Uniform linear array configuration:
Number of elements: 12
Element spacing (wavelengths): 0.5
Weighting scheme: hann
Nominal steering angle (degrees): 15
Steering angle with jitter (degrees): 16.804
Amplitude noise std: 0.05
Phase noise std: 0.05

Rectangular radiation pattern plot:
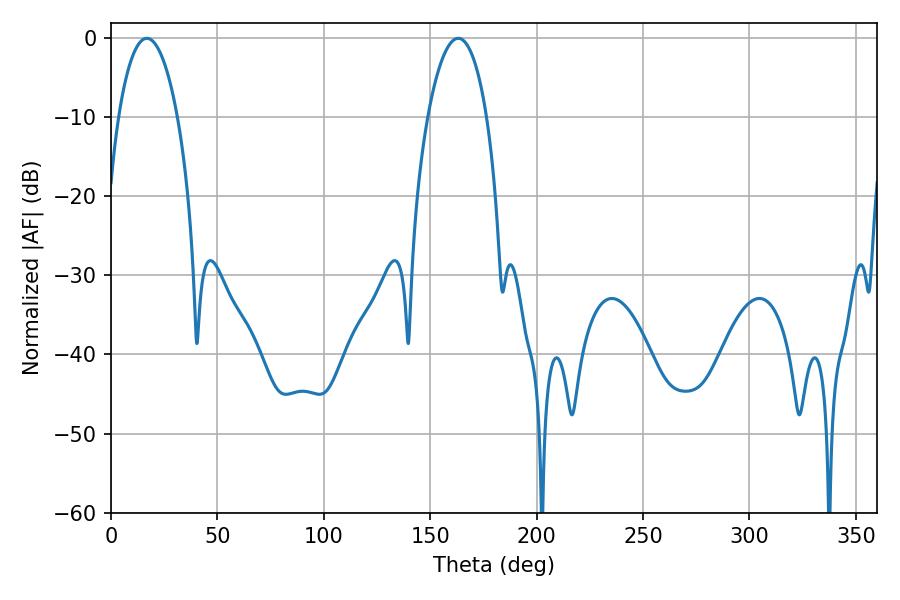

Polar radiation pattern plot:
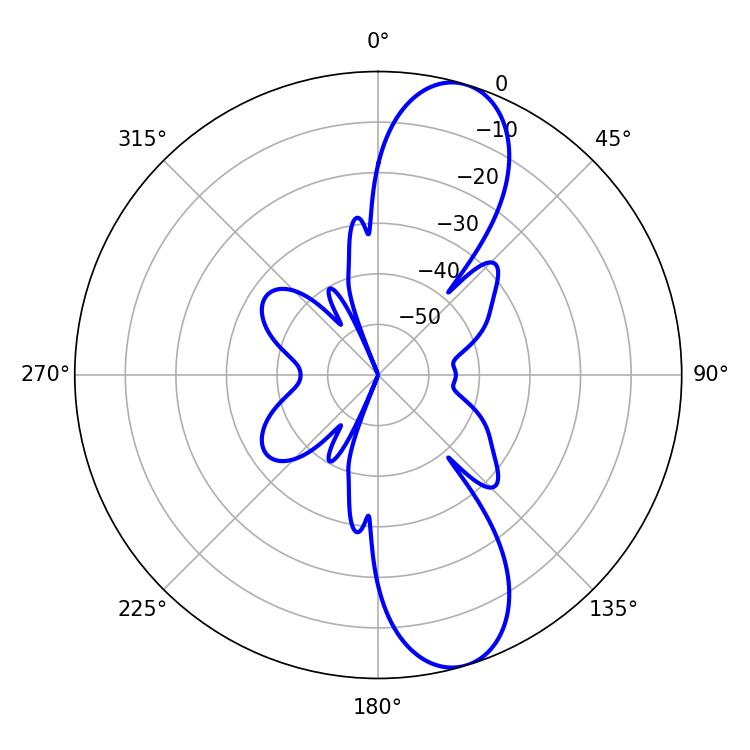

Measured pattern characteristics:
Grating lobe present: FALSE
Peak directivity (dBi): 10.747
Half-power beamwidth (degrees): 15.66
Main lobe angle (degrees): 16.92